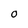
Character: 0